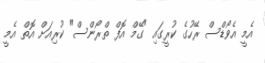
އެމީ އެވޯޑްސް ރޭހުގެ ކުރީގައި "ގޭމް އޮފް ތްރޯންސް" ކުރިއަށް އޮތް އެމީ